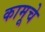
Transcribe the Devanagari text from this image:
कामूचे